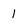
Character: 1